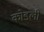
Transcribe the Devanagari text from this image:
कोडली